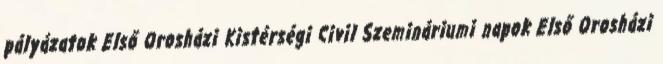
pályázatok Első Orosházi Kistérségi Civil Szemináriumi napok Első Orosházi